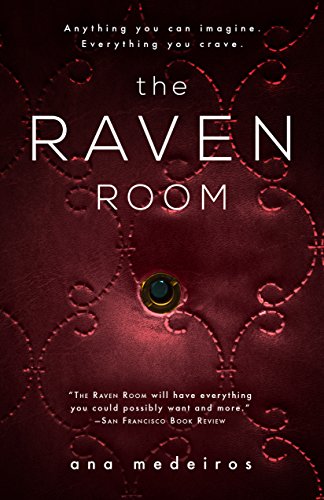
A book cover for The Raven Room: The Raven Room Trilogy -  Book One; Ana Medeiros; Romance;